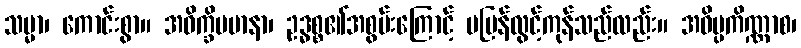
သမ္မာ၊ ကောင်းစွာ။ အဝိက္ခိပမာနာ၊ ဥဒ္ဓစ္စ၏အစွမ်းကြောင့် မပြန်လွင့်ကုန်သည်လည်း။ အဝိပ္ပကိဏ္ဏာစ၊